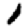
Digit: 1